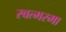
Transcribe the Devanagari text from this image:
स्वत्मरमा